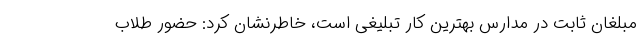
مبلغان ثابت در مدارس بهترین کار تبلیغی است، خاطرنشان کرد: حضور طلاب